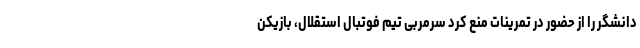
دانشگر را از حضور در تمرینات منع کرد سرمربی تیم فوتبال استقلال، بازیکن